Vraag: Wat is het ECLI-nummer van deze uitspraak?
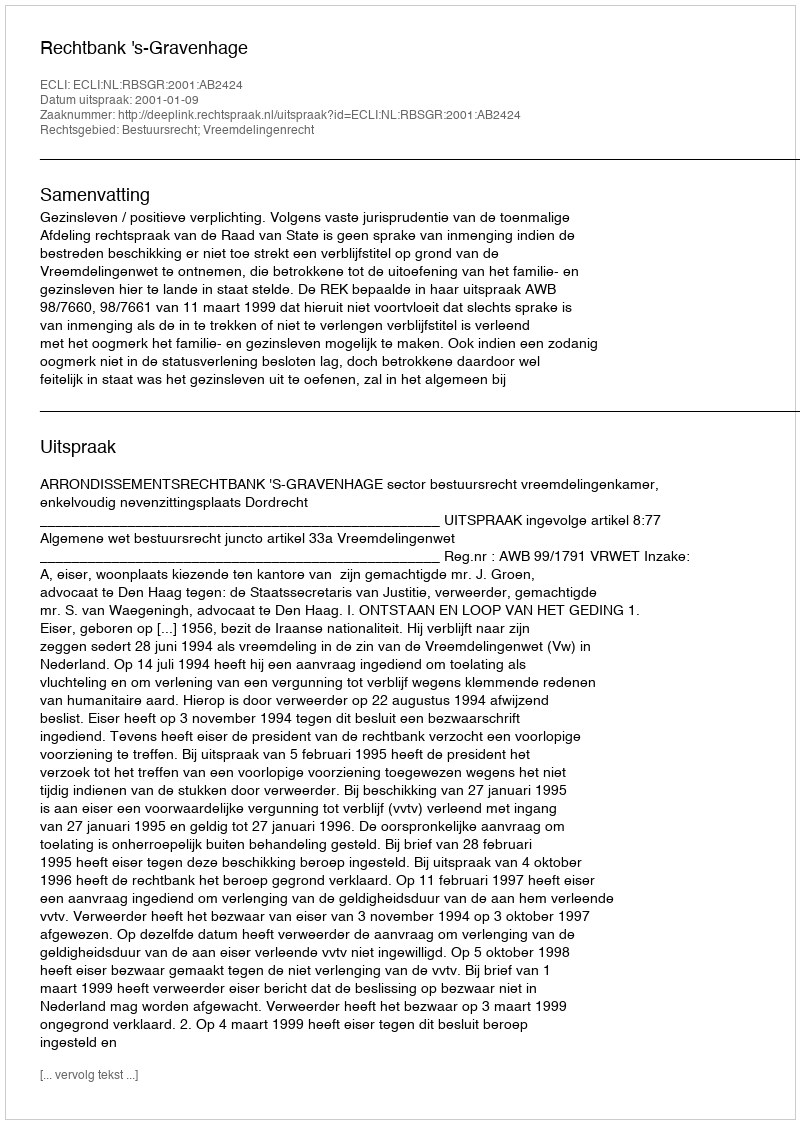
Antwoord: ECLI:NL:RBSGR:2001:AB2424